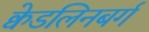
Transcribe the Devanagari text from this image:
क्वेडलिनबर्ग